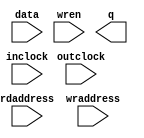
module ImaDRAM (
	data,
	inclock,
	outclock,
	rdaddress,
	wraddress,
	wren,
	q);
	input	[7:0]  data;
	input	  inclock;
	input	  outclock;
	input	[13:0]  rdaddress;
	input	[13:0]  wraddress;
	input	  wren;
	output	[7:0]  q;
`ifndef ALTERA_RESERVED_QIS
// synopsys translate_off
`endif
	tri1	  wren;
`ifndef ALTERA_RESERVED_QIS
// synopsys translate_on
`endif
endmodule